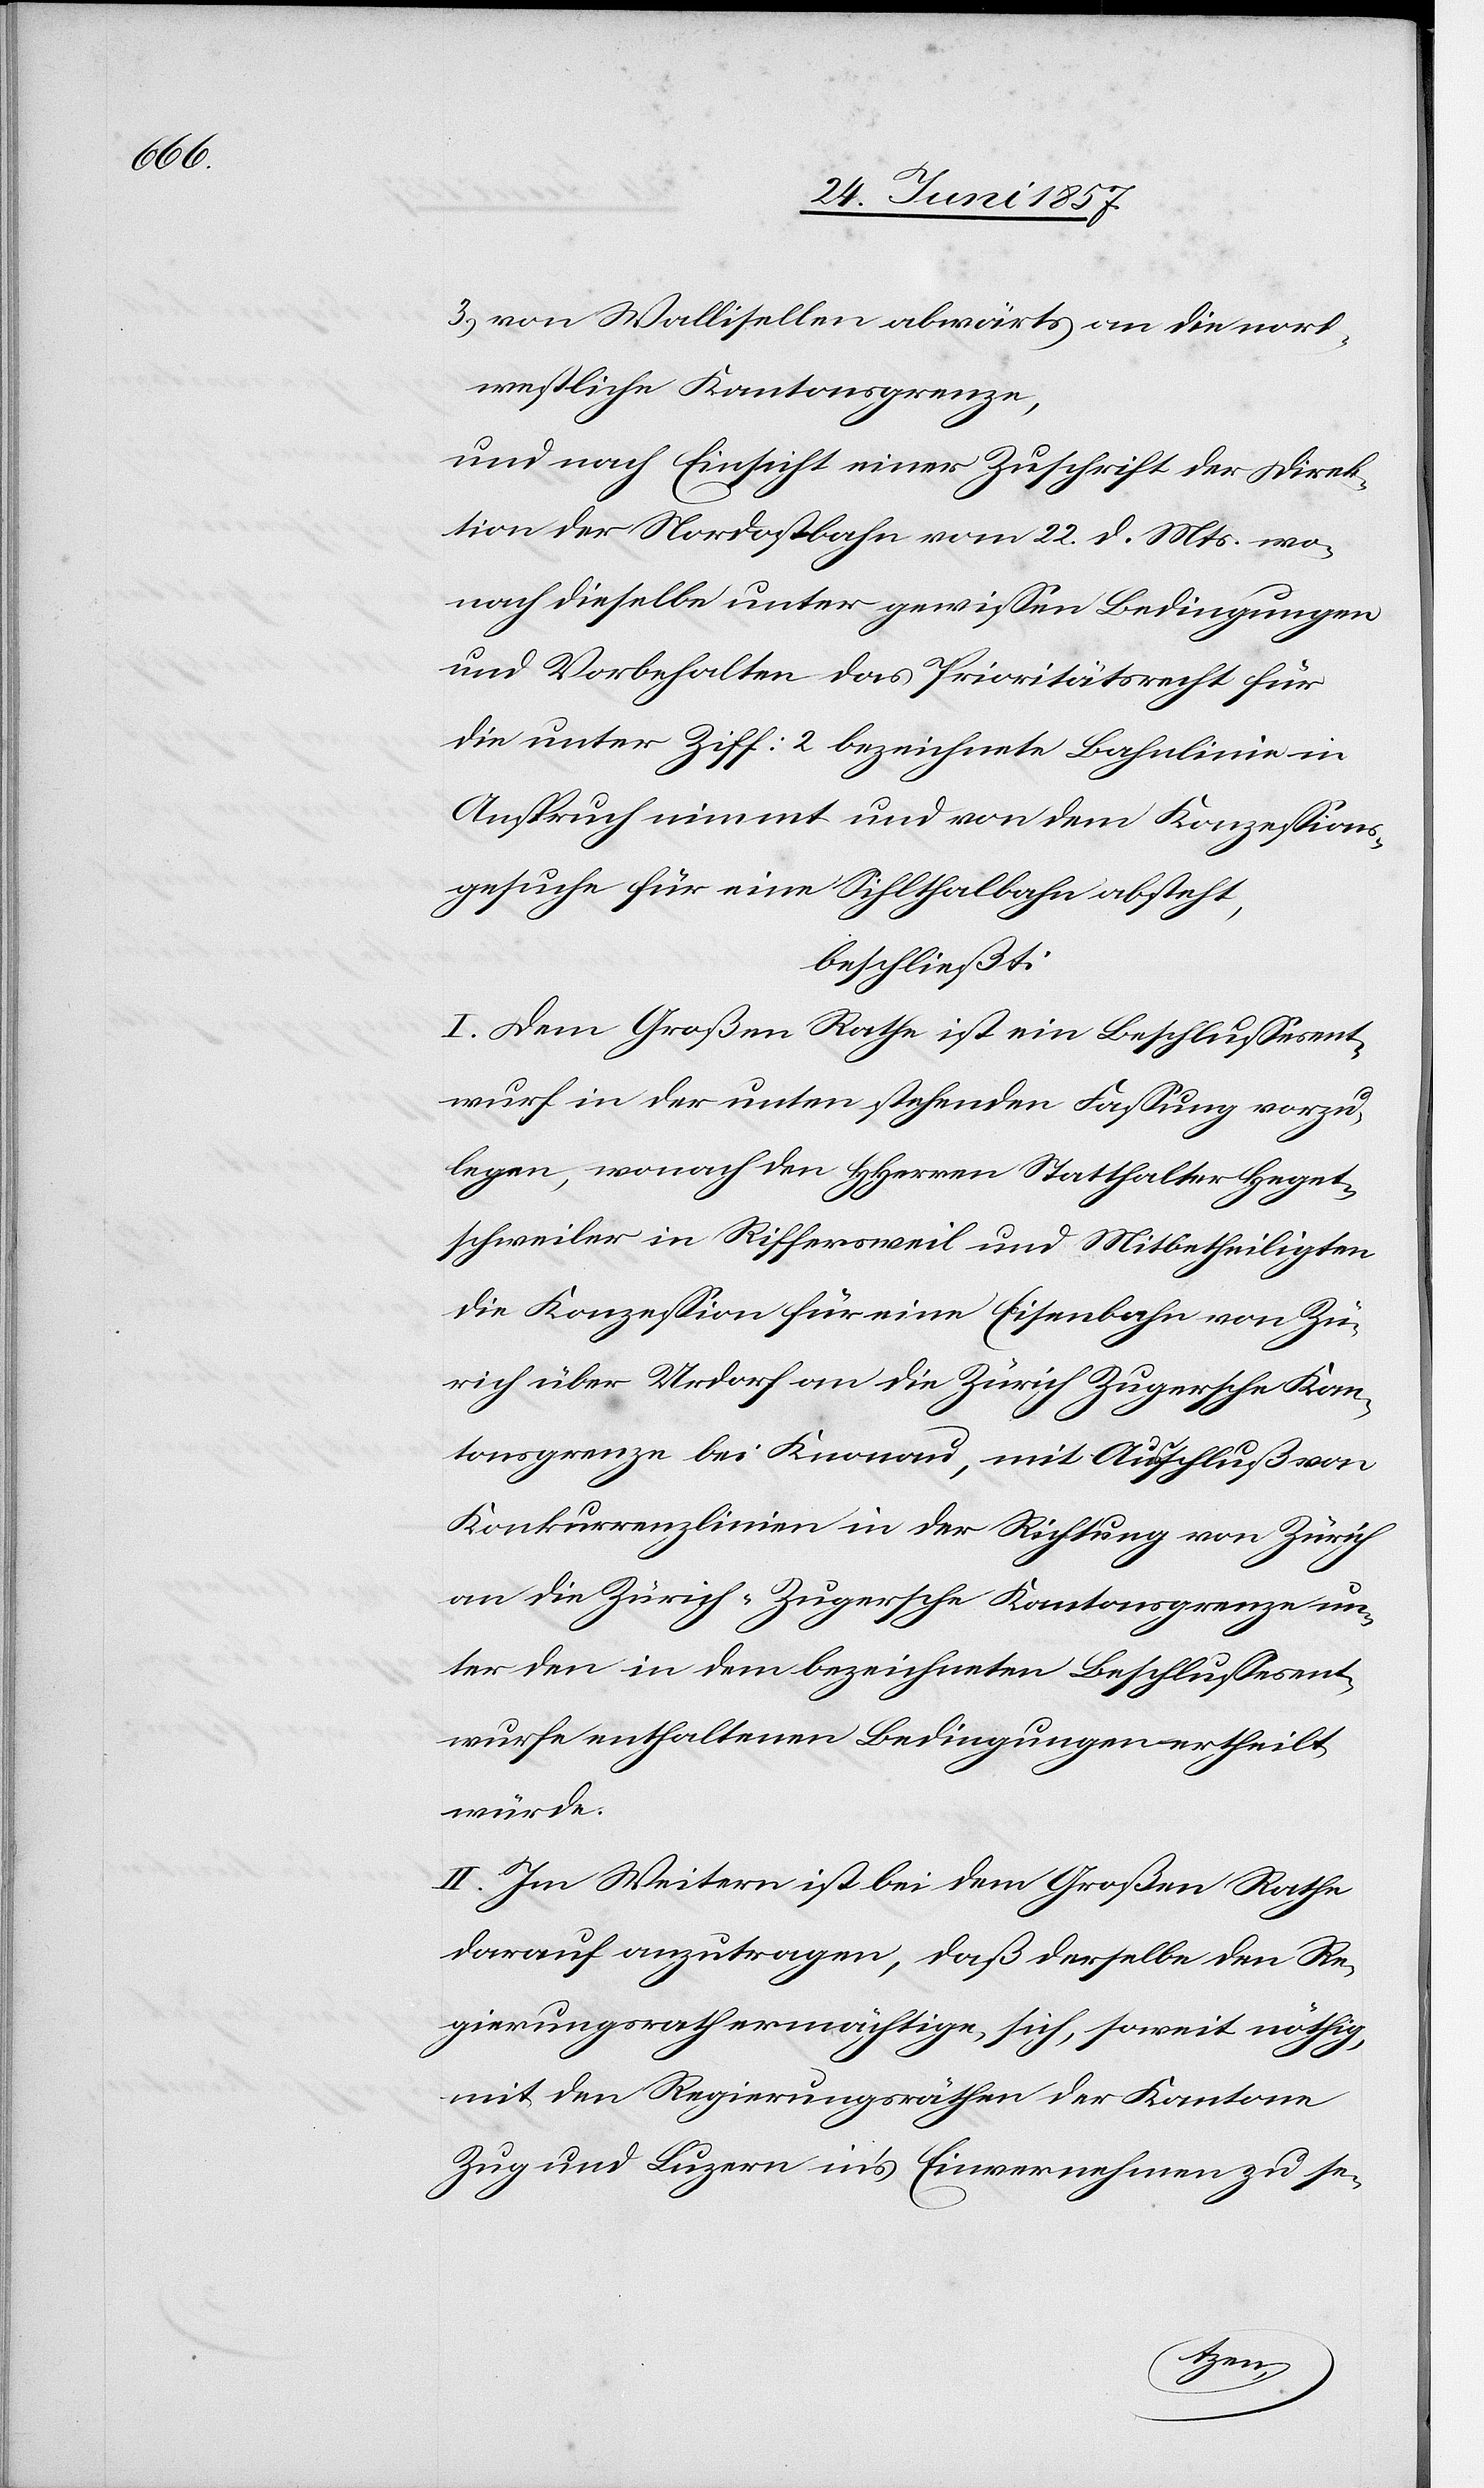
3.) von Wallisellen abwärts an die nord¬
westliche Kantonsgrenze,
und nach Einsicht einer Zuschrift der Direk¬
tion der Nordostbahn vom 22 d. Mts. wo¬
nach dieselbe unter gewissen Bedingungen
und Vorbehalten das Prioritätsrecht für
die unter Ziff. 2 bezeichnete Bahnlinie in
Anspruch nimmt und von dem Konzessions¬
gesuche für eine Sihlthalbahn absteht,
beschließt:
I. Dem Großen Rathe ist ein Beschlußesent¬
wurf in der unten stehenden Fassung vorzu¬
legen, wonach den HHerren Statthalter Heget¬
schweiler in Riffersweil und Mitbetheiligten
die Konzession für eine Eisenbahn von Zü¬
rich über Urdorf an die Zürich Zugersche Kan¬
tonsgrenze bei Knonau, mit Aufschluß von
Konkurrenzlinien in der Richtung von Zürich
an die Zürich-Zugersche Kantonsgrenze un¬
ter den in dem bezeichneten Beschlussesent¬
wurfe enthaltenen Bedingungen ertheilt
würde.
II. Im Weitern ist bei dem Großen Rathe
darauf anzutragen, daß derselbe den Re¬
gierungsrath ermächtige, sich, soweit nöthig,
mit den Regierungsräthen der Kantone
Zug und Luzern in’s Einvernehmen zu se-